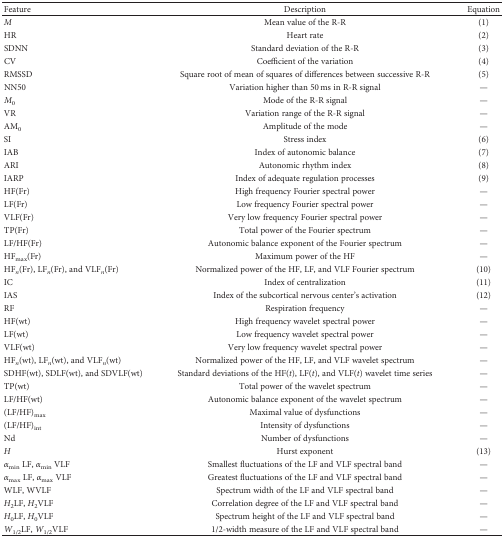
| Feature | Description | Equation |
 | --- | --- | --- |
 | M | Mean value of the R-R | (1) |
 | HR | Heart rate | (2) |
 | SDNN | Standard deviation of the R-R | (3) |
 | CV | Coefficient of the variation | (4) |
 | RMSSD | Square root of mean of squares of differences between successive R-R | (5) |
 | NN50 | Variation higher than 50 ms in R-R signal | — |
 | M0 | Mode of the R-R signal | — |
 | VR | Variation range of the R-R signal | — |
 | AM0 | Amplitude of the mode | — |
 | SI | Stress index | (6) |
 | IAB | Index of autonomic balance | (7) |
 | ARI | Autonomic rhythm index | (8) |
 | IARP | Index of adequate regulation processes | (9) |
 | HF(Fr) | High frequency Fourier spectral power | — |
 | LF(Fr) | Low frequency Fourier spectral power | — |
 | VLF(Fr) | Very low frequency Fourier spectral power | — |
 | TP(Fr) | Total power of the Fourier spectrum | — |
 | LF/HF(Fr) | Autonomic balance exponent of the Fourier spectrum | — |
 | HFmax(Fr) | Maximum power of the HF | — |
 | HFn(Fr), LFn(Fr), and VLFn(Fr) | Normalized power of the HF, LF, and VLF Fourier spectrum | (10) |
 | IC | Index of centralization | (11) |
 | IAS | Index of the subcortical nervous center's activation | (12) |
 | RF | Respiration frequency | — |
 | HF(wt) | High frequency wavelet spectral power | — |
 | LF(wt) | Low frequency wavelet spectral power | — |
 | VLF(wt) | Very low frequency wavelet spectral power | — |
 | HFn(wt), LFn(wt), and VLFn(wt) | Normalized power of the HF, LF, and VLF wavelet spectrum | — |
 | SDHF(wt), SDLF(wt), and SDVLF(wt) | Standard deviations of the HF(t), LF(t), and VLF(t) wavelet time series | — |
 | TP(wt) | Total power of the wavelet spectrum | — |
 | LF/HF(wt) | Autonomic balance exponent of the wavelet spectrum | — |
 | (LF/HF)max | Maximal value of dysfunctions | — |
 | (LF/HF)int | Intensity of dysfunctions | — |
 | Nd | Number of dysfunctions | — |
 | H | Hurst exponent | (13) |
 | αmin LF, αmin VLF | Smallest fluctuations of the LF and VLF spectral band | — |
 | αmax LF, αmax VLF | Greatest fluctuations of the LF and VLF spectral band | — |
 | WLF, WVLF | Spectrum width of the LF and VLF spectral band | — |
 | H2LF, H2VLF | Correlation degree of the LF and VLF spectral band | — |
 | H0LF, H0VLF | Spectrum height of the LF and VLF spectral band | — |
 | W1/2LF, W1/2VLF | 1/2-width measure of the LF and VLF spectral band | — |